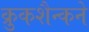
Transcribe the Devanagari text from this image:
क्रुकशैन्कने